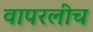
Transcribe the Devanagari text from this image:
वापरलीच